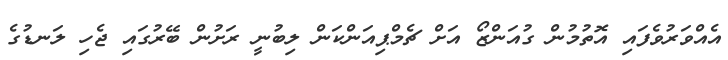
އެއްވަރުވެފައި އޮތުމުން ގުއަންޒޯ އަށް ޗެމްޕިއަންކަން ލިބުނީ ރަށުން ބޭރުގައި ޖެހި ލަނޑުގެ